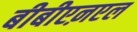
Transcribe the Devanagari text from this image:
बीबीएऩएल